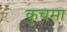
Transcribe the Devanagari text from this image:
कुचमा